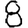
Digit: 8